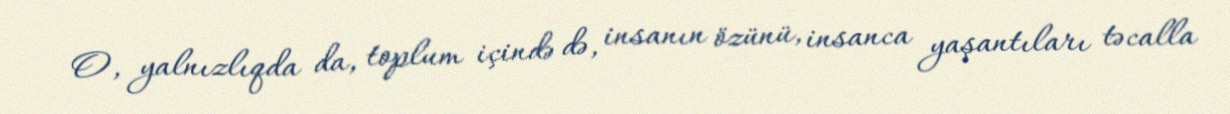
O, yalnızlıqda da, toplum içində də, insanın özünü, insanca yaşantıları təcalla